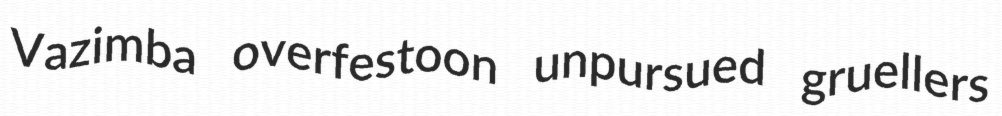
Vazimba overfestoon unpursued gruellers